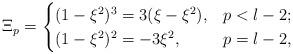
LaTeX: \begin{align*}\Xi_p&=\begin{cases} (1-\xi^2)^3=3(\xi-\xi^2), & p<l-2;\\(1-\xi^2)^2=-3\xi^2, & p=l-2, \end{cases}\end{align*}